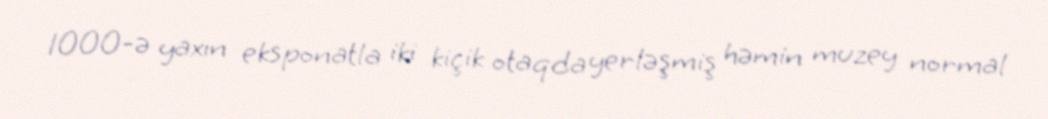
1000-ə yaxın eksponatla iki kiçik otaqda yerləşmiş həmin muzey normal